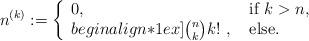
LaTeX: \begin{align*}n^{(k)}:= \left\{ \begin{array}{ll}0, &\textrm{if} \ k > n,\\begin{align*}1ex] \binom{n}{k}k!\ , \ &\textrm{else}. \end{array} \right.\end{align*}